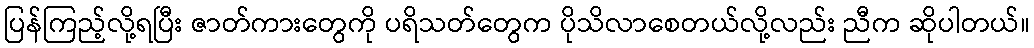
ပြန်ကြည့်လို့ရပြီး ဇာတ်ကားတွေကို ပရိသတ်တွေက ပိုသိလာစေတယ်လို့လည်း ညီက ဆိုပါတယ်။